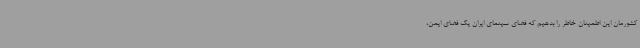
کشورمان این اطمینان خاطر را بدهیم که فضای سینمای ایران یک فضای ایمن،